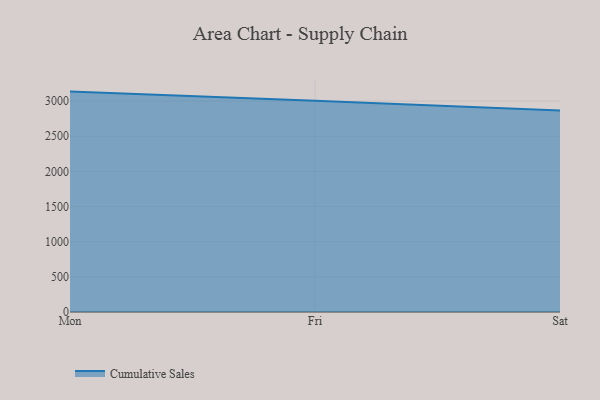
{"axis": {"x": "Day", "y": "Energy Usage (MWh)"}, "legend": ["Cumulative Sales"], "data": [{"x": "Mon", "y": 3135.5, "type": "Cumulative Sales"}, {"x": "Fri", "y": 3006.4, "type": "Cumulative Sales"}, {"x": "Sat", "y": 2865.4, "type": "Cumulative Sales"}]}